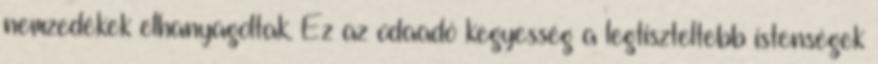
nemzedékek elhanyagoltak. Ez az odaadó kegyesség a legtiszteltebb istenségek